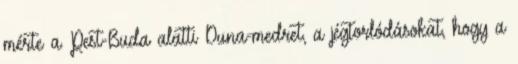
mérte a Pest-Buda alatti Duna-medret, a jégtorlódásokat, hogy a